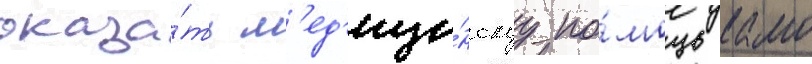
оказа́ть м'ед'ици́нскуу по́мощь камо